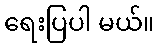
ရေးပြပါ မယ်။